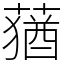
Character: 蕕